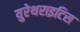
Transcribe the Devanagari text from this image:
युरेथराइटिस